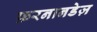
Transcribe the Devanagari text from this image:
फ़रनानडेज़